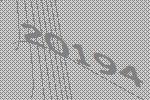
20194